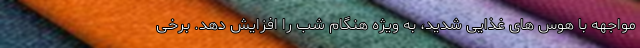
مواجهه با هوس های غذایی شدید، به ویژه هنگام شب را افزایش دهد. برخی